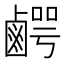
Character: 𮭯